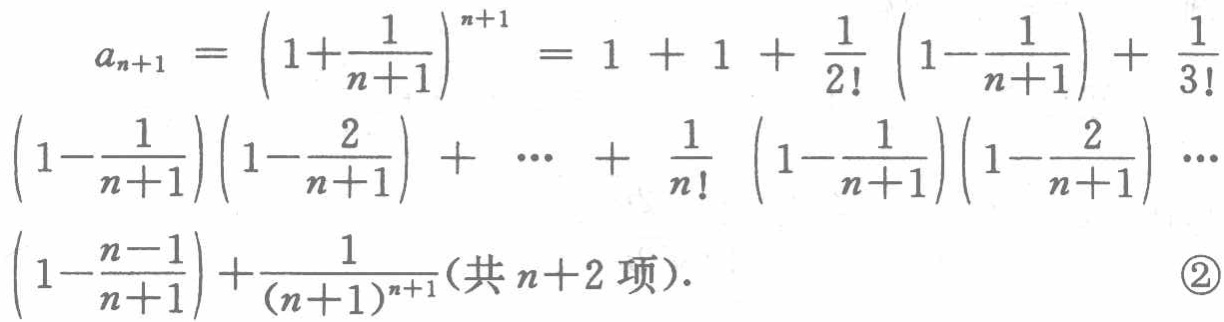
\[
\begin{align*}
a_{n + 1}&=\left(1 + \frac{1}{n + 1}\right)^{n+1}=1 + 1+\frac{1}{2!}\left(1-\frac{1}{n + 1}\right)+\frac{1}{3!}\\
&\left(1-\frac{1}{n + 1}\right)\left(1-\frac{2}{n + 1}\right)+\cdots+\frac{1}{n!}\left(1-\frac{1}{n + 1}\right)\left(1-\frac{2}{n + 1}\right)\cdots\\
&\left(1-\frac{n - 1}{n + 1}\right)+\frac{1}{(n + 1)^{n+1}}(\text{共 }n + 2\text{ 项}).\quad\textcircled{2}
\end{align*}
\]